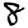
Digit: 8